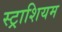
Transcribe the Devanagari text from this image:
स्ट्राशियम